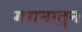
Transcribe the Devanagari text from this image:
गगनातुन